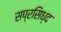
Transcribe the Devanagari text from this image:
सप्रसिध्द